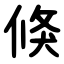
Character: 倏